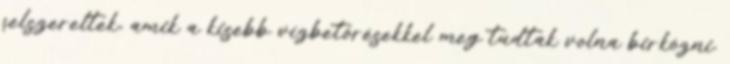
felszereltek, amik a kisebb vízbetörésekkel meg tudtak volna birkózni.